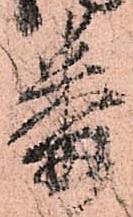
番